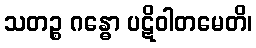
သတဉ္စ ဂန္ဓော ပဋိဝါတမေတိ၊